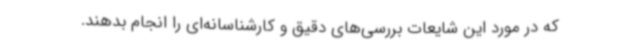
که در مورد این شایعات بررسی‌های دقیق و کارشناسانه‌ای را انجام بدهند.